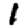
Digit: 1